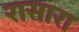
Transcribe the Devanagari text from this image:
रासारा